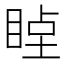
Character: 𥇞